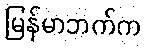
မြန်မာဘက်က